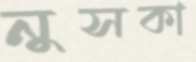
নুসকা